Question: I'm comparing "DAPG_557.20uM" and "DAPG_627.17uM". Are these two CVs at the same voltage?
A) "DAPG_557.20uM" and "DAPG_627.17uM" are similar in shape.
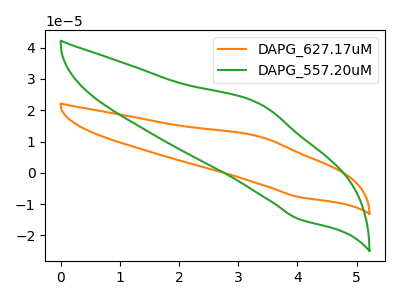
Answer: <think>The orange curve "DAPG_627.17uM" has an anodic peak at (3.35V, 11.65uA) and a cathodic peak at (4.00V, -7.75uA). The green curve "DAPG_557.20uM" has an anodic peak at (3.35V, 22.20uA) and a cathodic peak at (4.00V, -14.75uA).
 All the peaks in "DAPG_557.20uM" have a peak in "DAPG_627.17uM" at the same potential. Every peak in "DAPG_557.20uM" is higher than every peak in "DAPG_627.17uM".</think>
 <answer>A) "DAPG_557.20uM" and "DAPG_627.17uM" are similar in shape.</answer>
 <eval>A</eval>